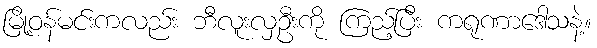
မြို့ဝန်မင်းကလည်း ဘီလူးလှဦးကို ကြည့်ပြီး ကရုဏာဒေါသနဲ့။